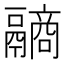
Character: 𩱐